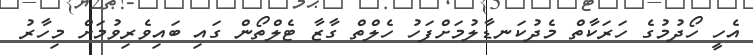
އެހީ ހޯދުމުގެ ހަރަކާތް މެދުކަނޑާލުމަށްފަހު ހެލްތް ގާޒާ ޓެލްތޯން ގައި ބައިވެރިވުމަށް މިހާރު